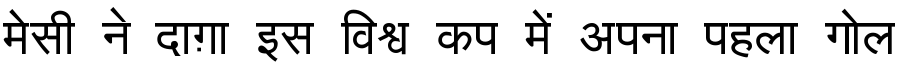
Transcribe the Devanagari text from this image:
मेसी ने दाग़ा इस विश्व कप में अपना पहला गोल